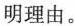
明理由。